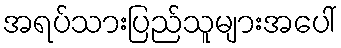
အရပ်သားပြည်သူများအပေါ်